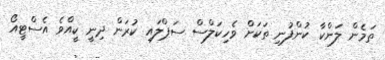
ތަމެން ލަންކާ ކުންފުނި ތަކަށް ވެހިކަލްސް ސަޕްލައި ކުރަން ދިނީ ކީއްވެ އެސްޓީއޯ